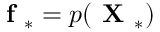
\textbf { f } _ { * } = p ( \textbf { X } _ { * } )